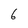
Character: 6